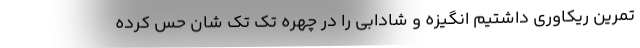
تمرین ریکاوری داشتیم انگیزه و شادابی را در چهره تک تک شان حس کرده